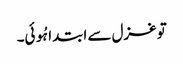
تو غزل سے ابتدا ہُوئی۔